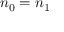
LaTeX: n _ { 0 } = n _ { 1 }